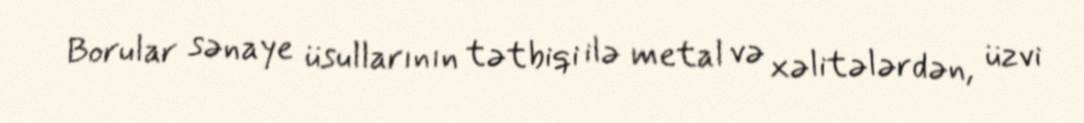
Borular sənaye üsullarının tətbiqi ilə metal və xəlitələrdən, üzvi